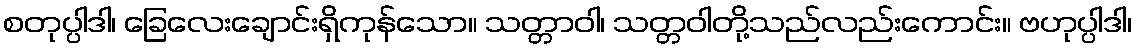
စတုပ္ပါဒါ၊ ခြေလေးချောင်းရှိကုန်သော။ သတ္တာဝါ၊ သတ္တဝါတို့သည်လည်းကောင်း။ ဗဟုပ္ပါဒါ၊